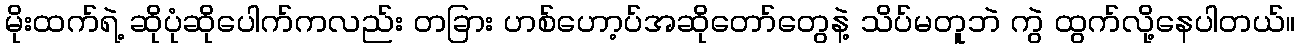
မိုးထက်ရဲ့ ဆိုပုံဆိုပေါက်ကလည်း တခြား ဟစ်ဟော့ပ်အဆိုတော်တွေနဲ့ သိပ်မတူဘဲ ကွဲ ထွက်လို့နေပါတယ်။